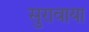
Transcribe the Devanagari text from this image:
सुरावाया